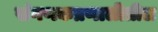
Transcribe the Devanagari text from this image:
संगणकप्रणालीतील